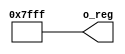
module R_32767(output [14:0] o_reg);

assign o_reg=32'd32767;

endmodule